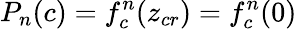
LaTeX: P_{n}(c)=f_{c}^{n}(z_{cr})=f_{c}^{n}(0)